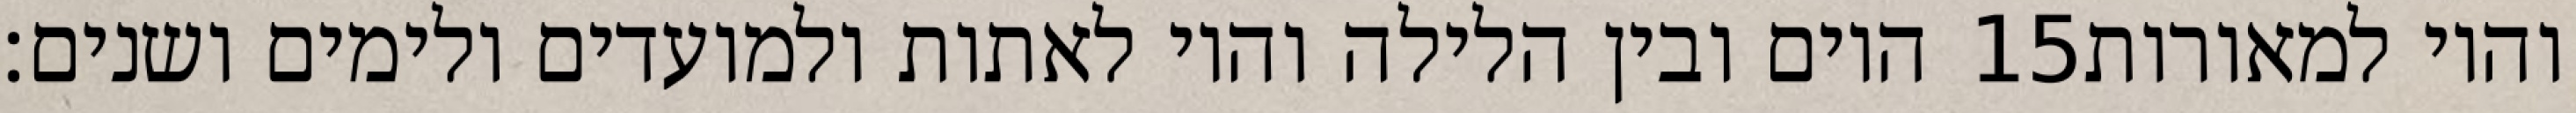
היום ובין הלילה והיו לאתות ולמועדים ולימים ושנים׃ ‎15‏ והיו למאורות